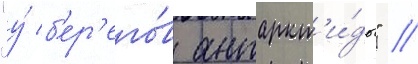
"у́ б'ер'его́в антаркт'и́ды" //